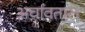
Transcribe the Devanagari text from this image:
अर्चावतार।